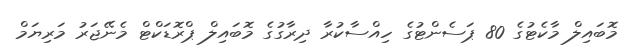
މޮބައިލް މާކެޓުގެ 80 ޕަސެންޓުގެ ހިއްސާކުރާ ދިރާގުގެ މޮބައިލް ޕްރޮޑަކްޓް މެނޭޖަރު މަރިޔަމް